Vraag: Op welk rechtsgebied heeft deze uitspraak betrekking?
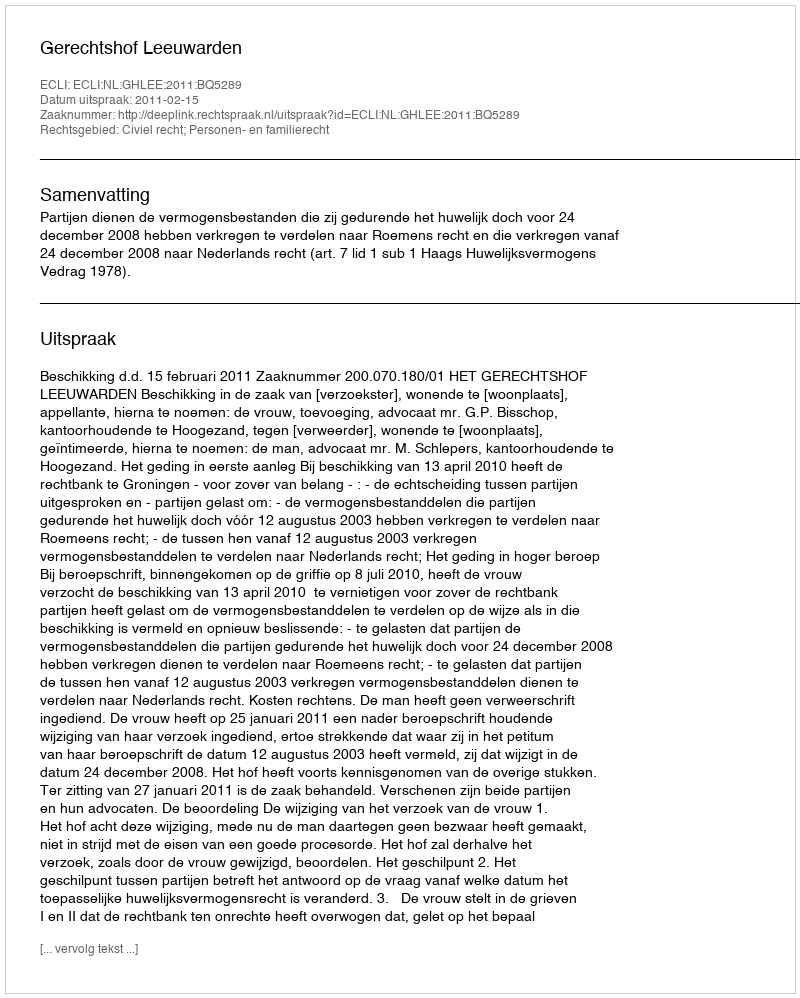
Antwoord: Civiel recht; Personen- en familierecht